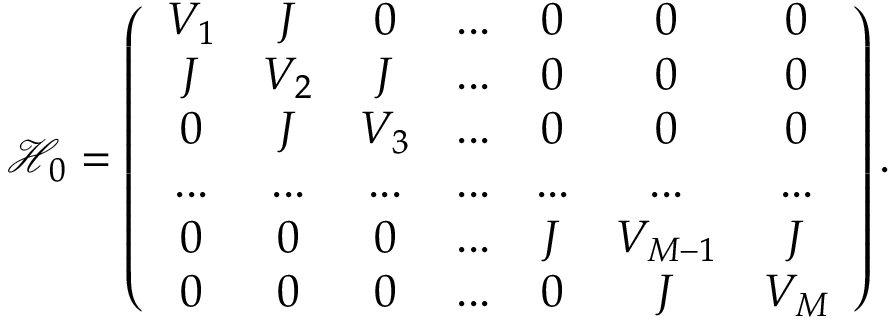
\mathcal { H } _ { 0 } = \left( \begin{array} { c c c c c c c } { V _ { 1 } } & { J } & { 0 } & { . . . } & { 0 } & { 0 } & { 0 } \\ { J } & { V _ { 2 } } & { J } & { . . . } & { 0 } & { 0 } & { 0 } \\ { 0 } & { J } & { V _ { 3 } } & { . . . } & { 0 } & { 0 } & { 0 } \\ { . . . } & { . . . } & { . . . } & { . . . } & { . . . } & { . . . } & { . . . } \\ { 0 } & { 0 } & { 0 } & { . . . } & { J } & { V _ { M - 1 } } & { J } \\ { 0 } & { 0 } & { 0 } & { . . . } & { 0 } & { J } & { V _ { M } } \end{array} \right) .